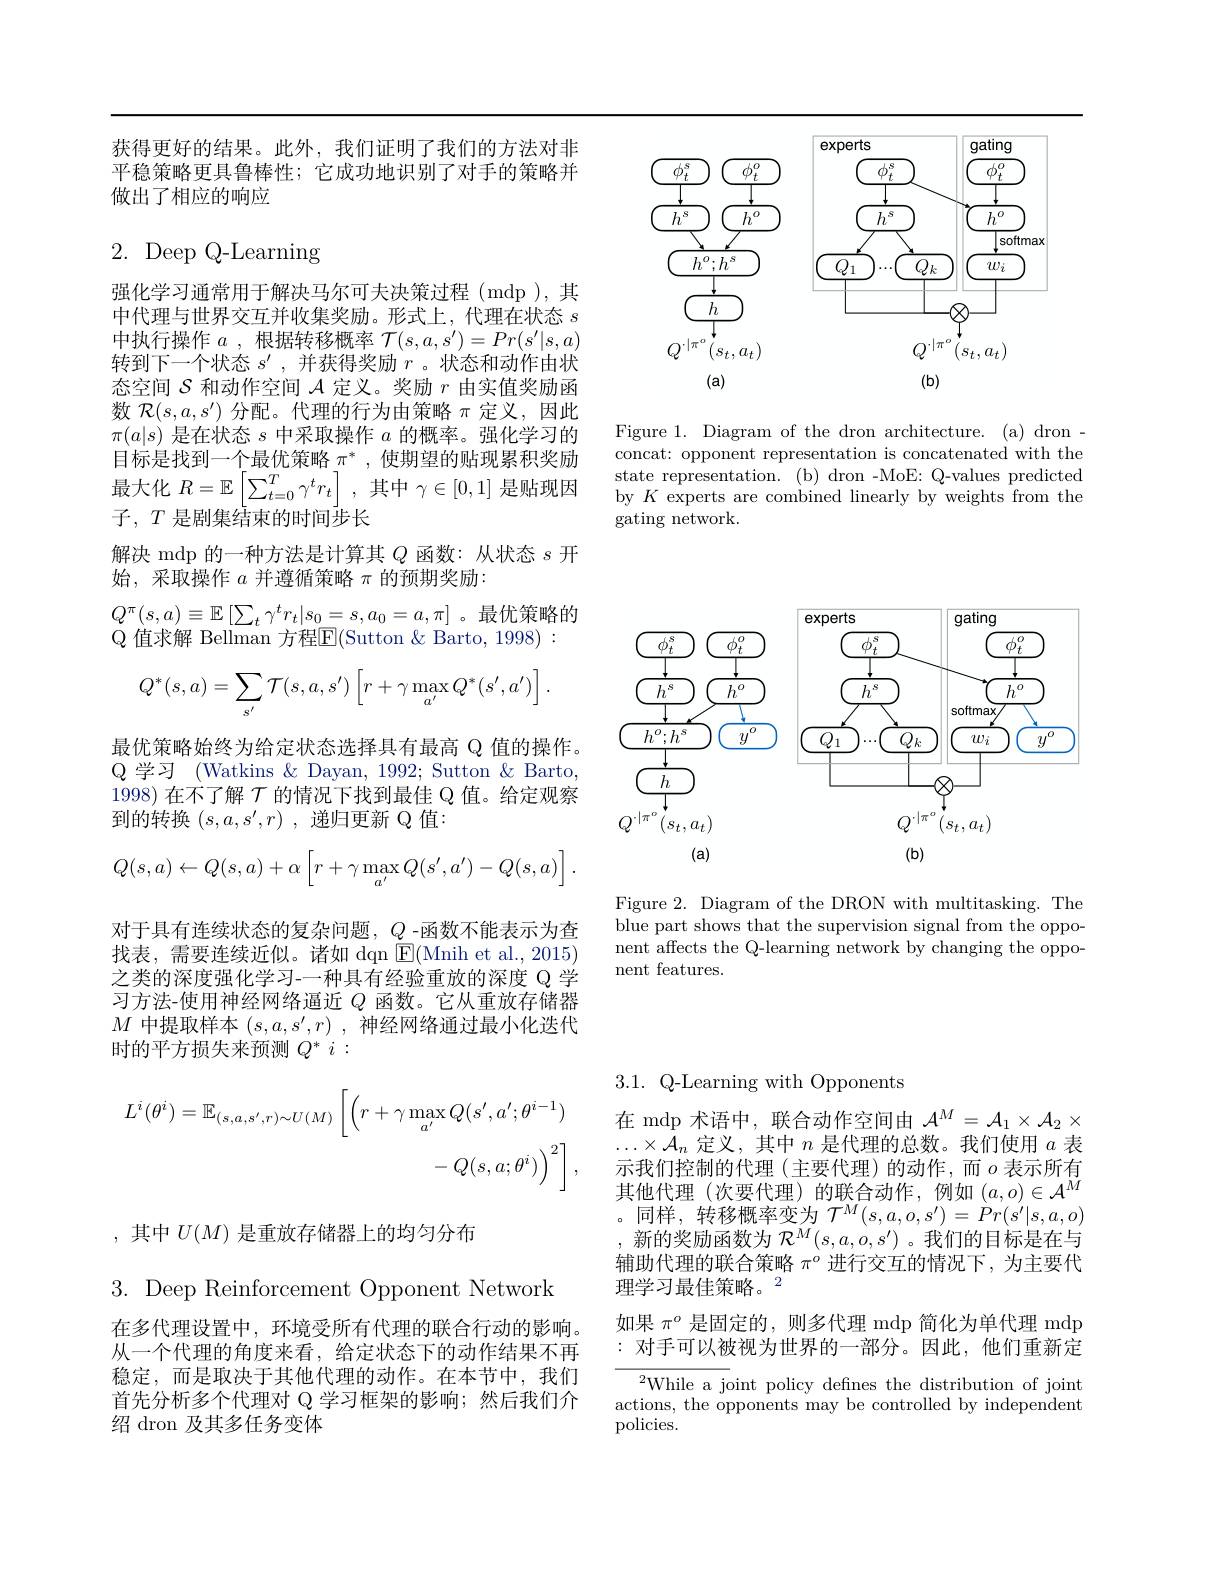
<FigureHere>

Figure 1. Diagram of the dron architecture. (a) dron - concat: opponent representation is concatenated with the state representation.(b) dron -MoE: Q-values predicted by $K$ experts are combined linearly by weights from the gating network.

获得更好的结果。此外，我们证明了我们的方法对非平稳策略更具鲁棒性；它成功地识别了对手的策略并做出了相应的响应

# 2. Deep Q-Learning

强化学习通常用于解决马尔可夫决策过程(mdp),其中代理与世界交互并收集奖励。形式上，代理在状态$s$ 中执行操作$a$ ,根据转移概率$\mathcal{T}(s,a,s^\prime)=Pr(s^{\prime}|s,a)$ 转到下一个状态$s^\prime$,并获得奖励$r$ 。状态和动作由状态空间$\mathcal{S}$和动作空间$\mathcal{A}$定义。奖励$r$由实值奖励函数$\mathcal{R}(s,a,s^{\prime})$分配。代理的行为由策略$\pi$定义，因此$\pi(a|s)$是在状态$s$中采取操作$a$的概率。强化学习的目标是找到一个最优策略$\pi^*$,使期望的贴现累积奖励最大化$R=\mathbb{E}\left[\sum_{t=0}^{T}\gamma^{t}r_{t}\right]$,其中$\gamma\in[0,1]$是贴现因子$,T\bar{\text{ 是剧集结束的时间步长}}$
解决 mdp 的一种方法是计算其$Q$函数：从状态$s$开
始，采取操作$a$并遵循策略$\pi$的预期奖励：
$Q^{\pi}(s,a)\equiv\mathbb{E}\left[\sum_{t}\gamma^{t}r_{t}|s_{0}=s,a_{0}=a,\pi\right]$。最优策略的
Q 值求解 Bellman 方程$\overline{\mathrm{E}}($Sutton &Barto, 1998):
$$Q^*(s,a)=\sum_{s'}\mathcal{T}(s,a,s')\left[r+\gamma\max_{a'}Q^*(s',a')\right].$$
最优策略始终为给定状态选择具有最高 Q 值的操作。Q 学习 (Watkins & Dayan, 1992; Sutton & Barto, 1998) 在不了解$\mathcal{T}$的情况下找到最佳 Q 值。给定观察到的转换$(s,a,s^{\prime},r)$ ,递归更新 Q 值：
$$Q(s,a)\leftarrow Q(s,a)+\alpha\left[r+\gamma\max_{a'}Q(s',a')-Q(s,a)\right].$$
对于具有连续状态的复杂问题，$Q$ -函数不能表示为查找表，需要连续近似。诸如 dqn $\operatorname{E}($Mnih et al.,2015) 之类的深度强化学习-一种具有经验重放的深度 Q 学习方法-使用神经网络逼近$Q$函数。它从重放存储器$M$中提取样本$(s,a,s^\prime,r)$ ,神经网络通过最小化迭代时的平方损失来预测$Q^*:$
$$\begin{aligned}L^{i}(\theta^{i})&=\mathbb{E}_{(s,a,s^{\prime},r)\sim U(M)}\left[\left(r+\gamma\max_{a^{\prime}}Q(s^{\prime},a^{\prime};\theta^{i-1})\right.\right]\\&-Q(s,a;\theta^{i})\Big)^{2}\Big]\:,\end{aligned}$$
,其中$U(M)$是重放存储器上的均匀分布
3. Deep Reinforcement Opponent Network

在多代理设置中，环境受所有代理的联合行动的影响。从一个代理的角度来看，给定状态下的动作结果不再稳定，而是取决于其他代理的动作。在本节中，我们首先分析多个代理对 Q 学习框架的影响；然后我们介绍 dron 及其多任务变体

<FigureHere>

Figure 2. Diagram of the DRON with multitasking. The blue part shows that the supervision signal from the opponent affects the Q-learning network by changing the opponent features.

3.1. Q-Learning with Opponents

在 mdp 术语中，联合动作空间由$\mathcal{A}^M=\mathcal{A}_1\times\mathcal{A}_2\times$ $\ldots\times\mathcal{A}_n$定义，其中$n$是代理的总数。我们使用$a$表示我们控制的代理(主要代理)的动作，而$o$ 表示所有其他代理(次要代理)的联合动作，例如$(a,o)\in\mathcal{A}^M$ 。同样，转移概率变为$\mathcal{T}^M(s,a,o,s^{\prime})=\dot{Pr}(s^{\prime}|s,a,o)$ ,新的奖励函数为$\mathcal{R}^M(s,a,o,s^{\prime})$。我们的目标是在与辅助代理的联合策略$\pi^o$进行交互的情况下，为主要代理学习最佳策略。2

如果$\pi^o$是固定的，则多代理 mdp 简化为单代理 mdp :对手可以被视为世界的一部分。因此，他们重新定

${}^{2}$While a joint policy defines the distribution of joint actions, the opponents may be controlled by independent policies.